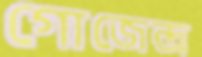
গোজেন্দ্র